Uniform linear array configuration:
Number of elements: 12
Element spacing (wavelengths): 0.25
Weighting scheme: exponential
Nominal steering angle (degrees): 30
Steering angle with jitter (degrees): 29.105
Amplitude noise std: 0.05
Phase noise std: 0.05

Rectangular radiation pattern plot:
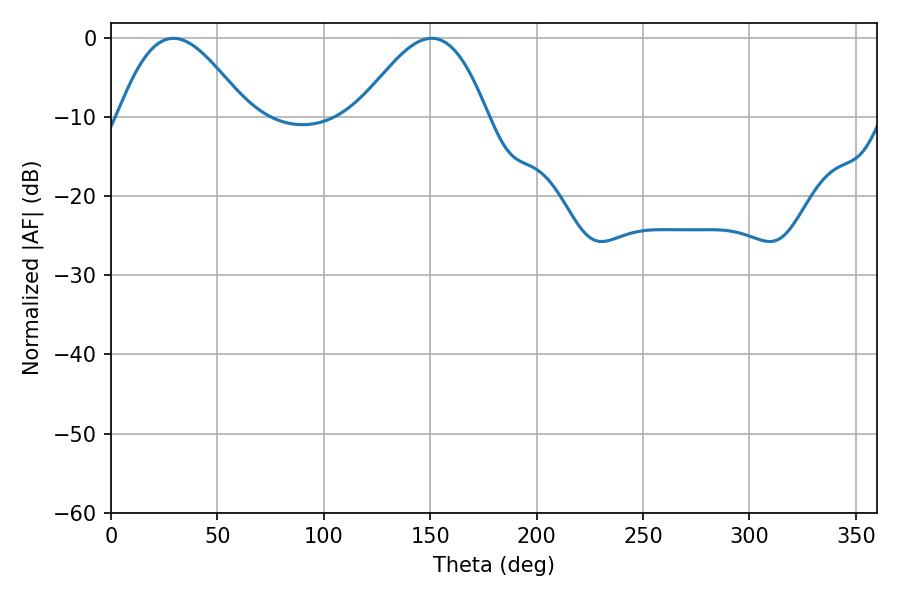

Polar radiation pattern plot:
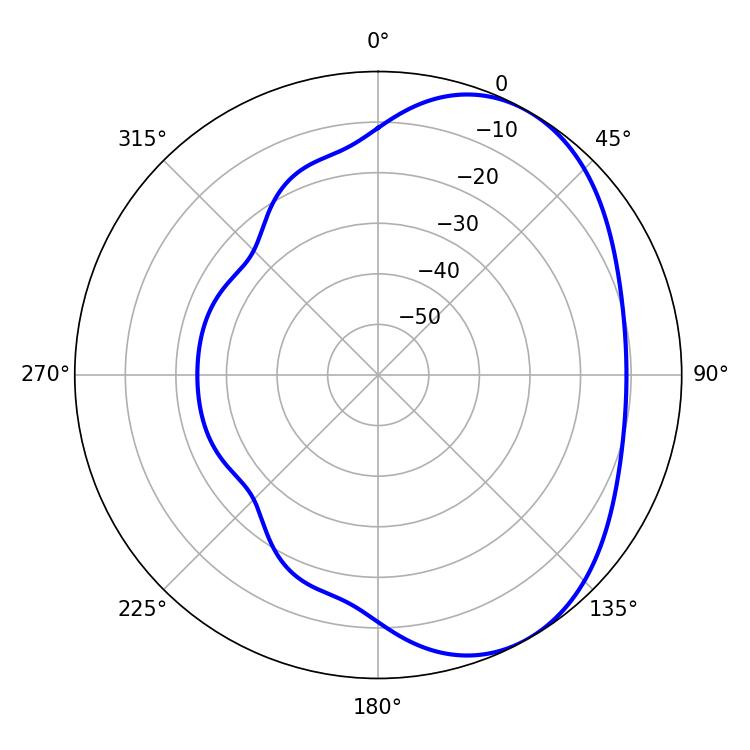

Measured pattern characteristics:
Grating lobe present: FALSE
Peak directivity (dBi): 4.537
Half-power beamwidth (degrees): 32.76
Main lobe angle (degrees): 29.34